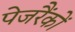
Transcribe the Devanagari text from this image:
पेजरैंकों